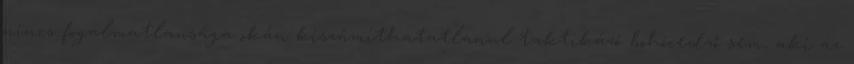
nincs fogalmatlansága okán kiszámíthatatlanul taktikázó bohócedző sem, aki az